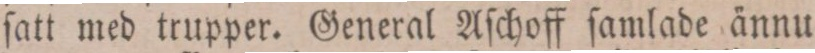
ſatt med trupper. General Aſchoff ſamlade ännu